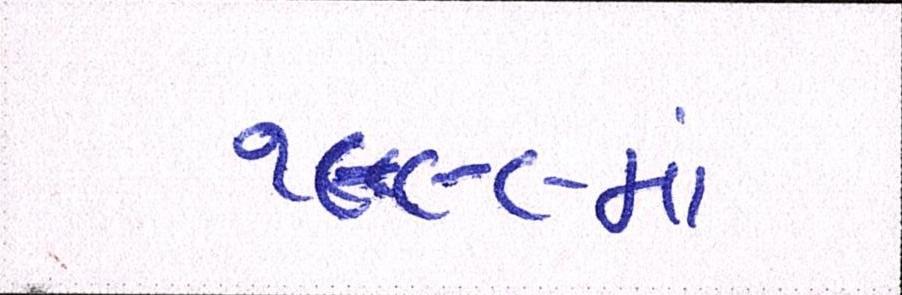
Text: ૧૯૯૯માં